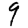
Digit: 9